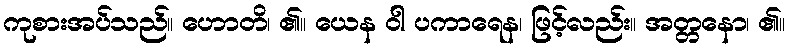
ကုစားအပ်သည်။ ဟောတိ၊ ၏။ ယေန ဝါ ပကာရေန၊ ဖြင့်လည်း။ အတ္တနော၊ ၏။